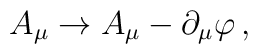
A_{\mu} \to A_{\mu}-\partial_{\mu}\varphi \, ,